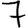
Digit: 7